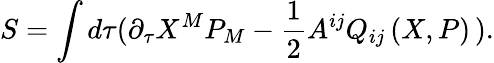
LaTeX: S=\int d\tau(\partial_{\tau}X^{M}P_{M}-\frac{1}{2}A^{ij}Q_{ij}\left(X,P\right)\, ).